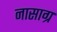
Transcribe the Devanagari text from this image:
नासाग्र